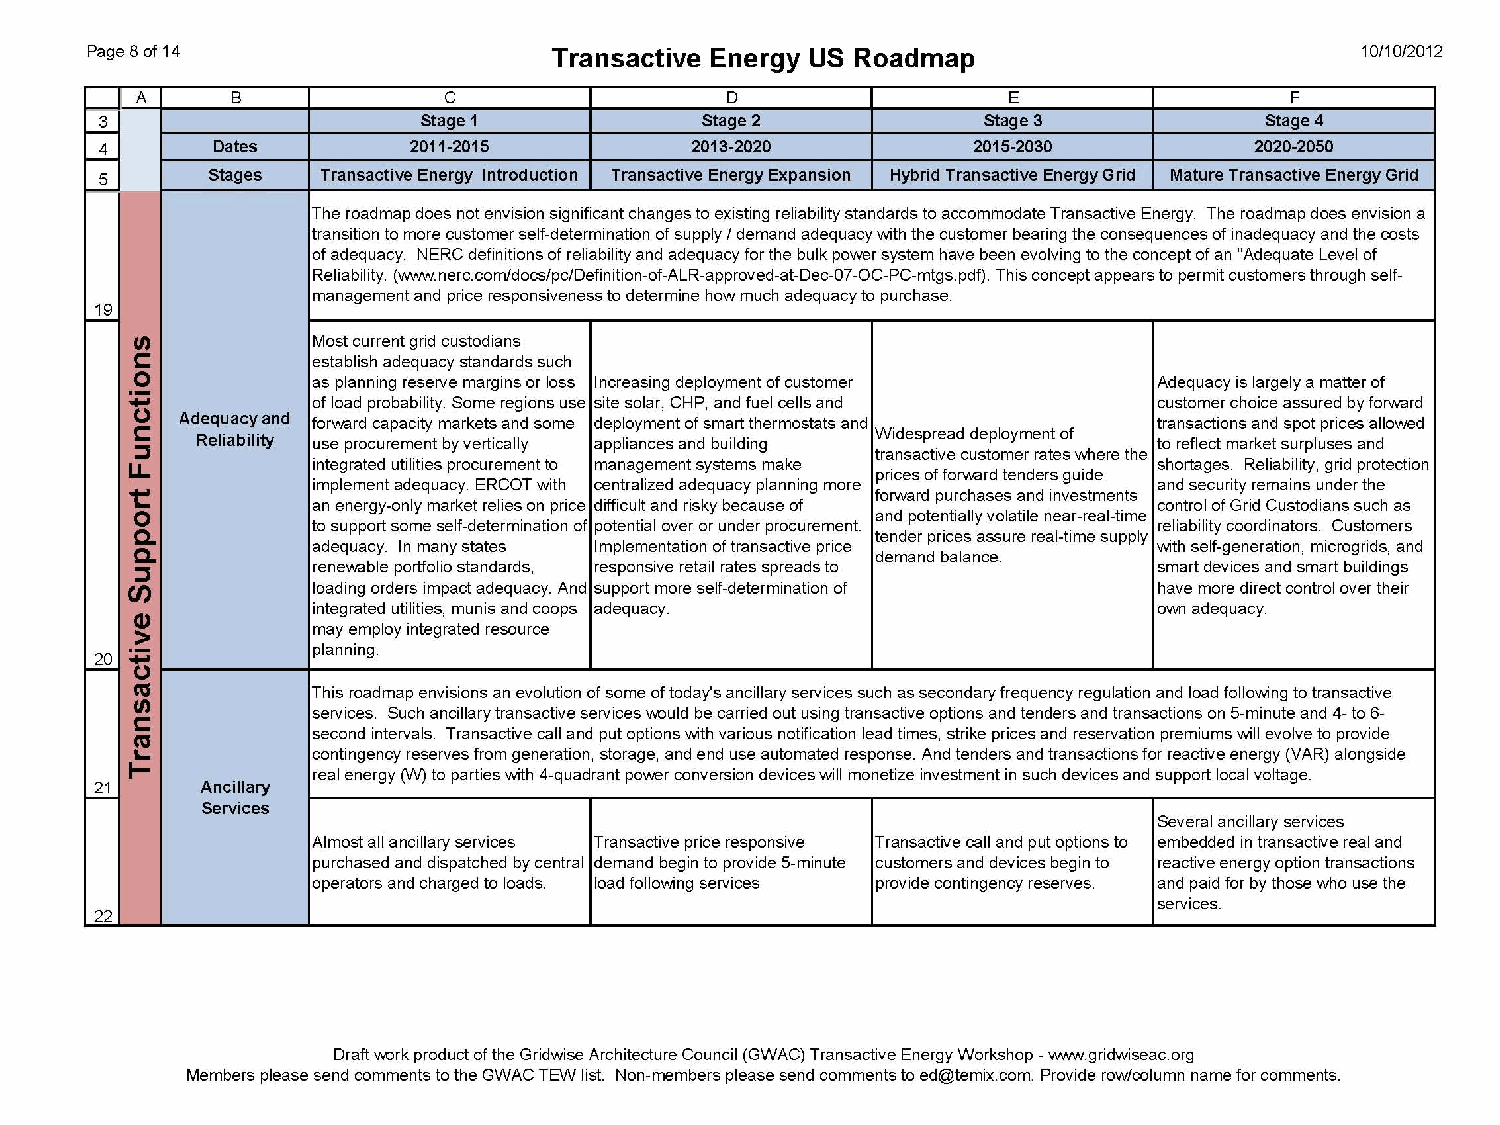
GWAC 10/31/2012                                                                        8